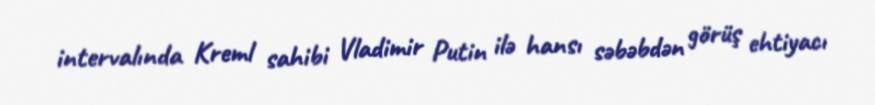
intervalında Kreml sahibi Vladimir Putin ilə hansı səbəbdən görüş ehtiyacı